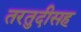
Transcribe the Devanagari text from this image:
तरतुदीसह